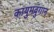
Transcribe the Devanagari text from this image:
कायुमवुंगान